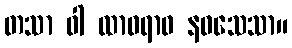
တသာ ဝါ ထာဝရာဝ နဝသေသာ။